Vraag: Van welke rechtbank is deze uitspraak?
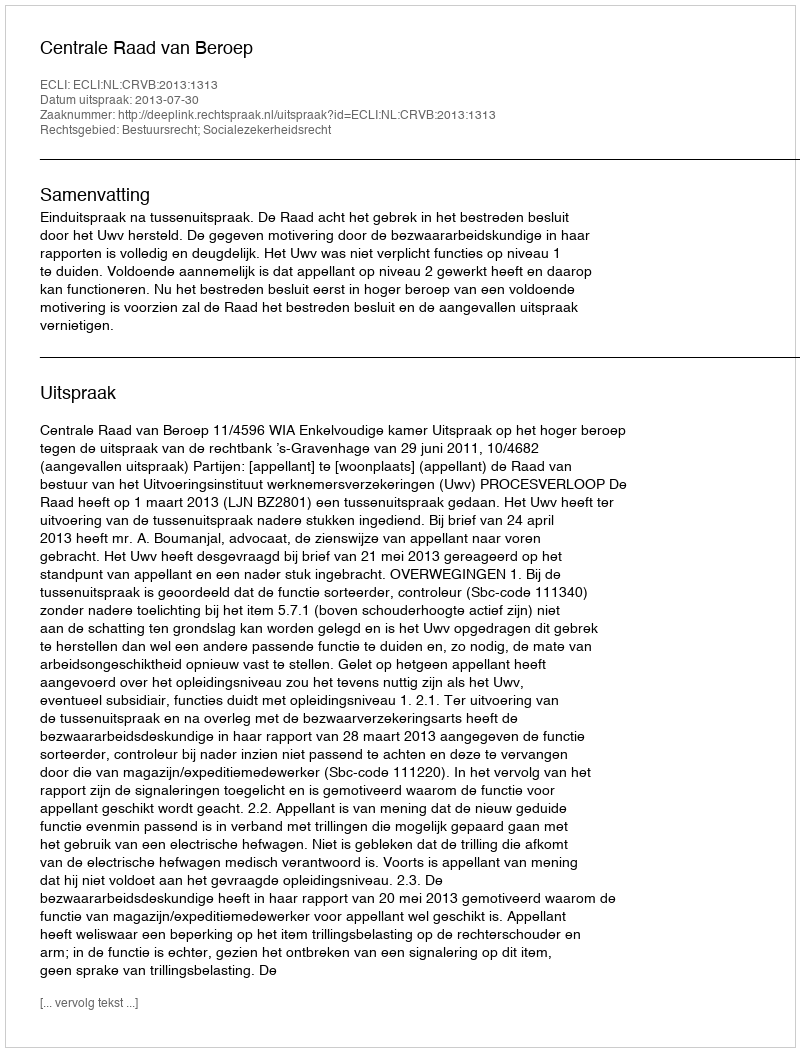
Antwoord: Centrale Raad van Beroep